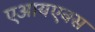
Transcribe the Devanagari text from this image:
एआयएक्स